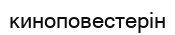
киноповестерін